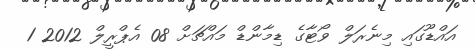
އައްޑޫގައި މިނެރަލް ވޯޓާގެ ޑިމާންޑް މައްޗަށް 08 އެޕްރީލް 2012 1